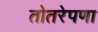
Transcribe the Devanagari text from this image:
तोतरेपणा